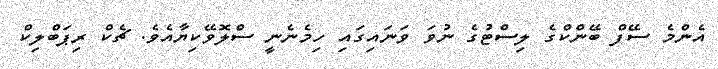
އެންމެ ސޭފް ބޭންކްގެ ލިސްޓުގެ ނުވަ ވަނައިގައި ހިމެނެނީ ސްލޮވޭކިޔާއެވެ. ޗެކް ރިޕަބްލިކް